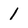
Character: 1